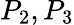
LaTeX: P_{2},P_{3}